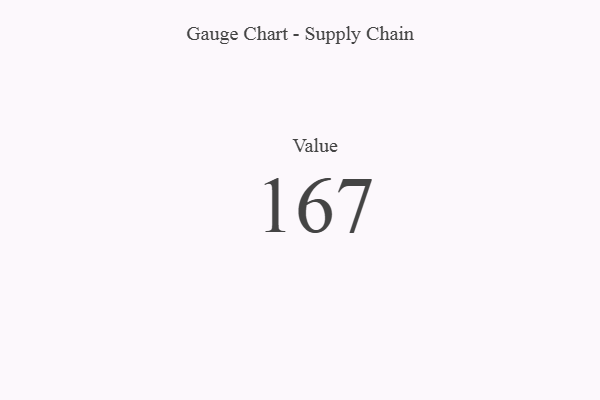
{"axis": {"x": "Metric", "y": "Value"}, "legend": [""], "data": [{"x": "Value", "y": 167, "type": ""}]}